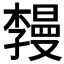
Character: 𪴏